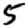
Digit: 5